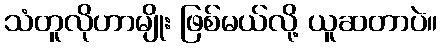
သံတူလိုဟာမျိုး ဖြစ်မယ်လို့ ယူဆတာပဲ။